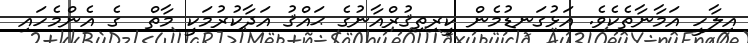
އިލާހީ އަމާނާތެކެވެ. އަޅުގަނޑުމެން ކީރިތިޤުރްއާނުގެ ޙައްޤު އަދާކުރުމަކީ މާތް  ގެ އެންމެހައި